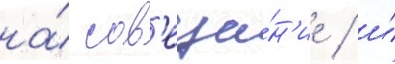
на́ сов'еща́н'ие / и́